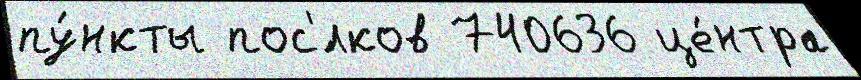
пу́нкты пос'́лков 740636 це́нтра